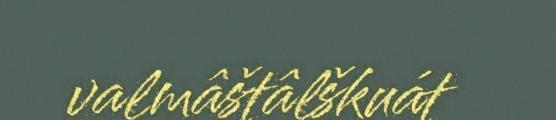
valmâštâlškuát